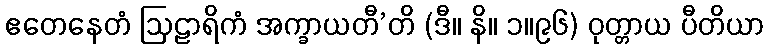
ဧတေနေတံ ဩဠာရိကံ အက္ခာယတီ’တိ (ဒီ။ နိ။ ၁။၉၆) ဝုတ္တာယ ပီတိယာ